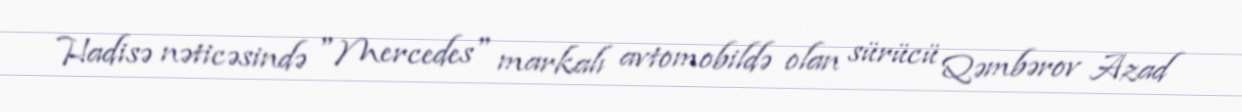
Hadisə nəticəsində "Mercedes" markalı avtomobildə olan sürücü Qəmbərov Azad